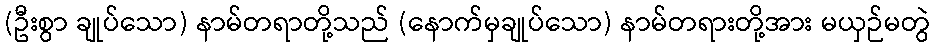
(ဦးစွာ ချုပ်သော) နာမ်တရာတို့သည် (နောက်မှချုပ်သော) နာမ်တရားတို့အား မယှဉ်မတွဲ